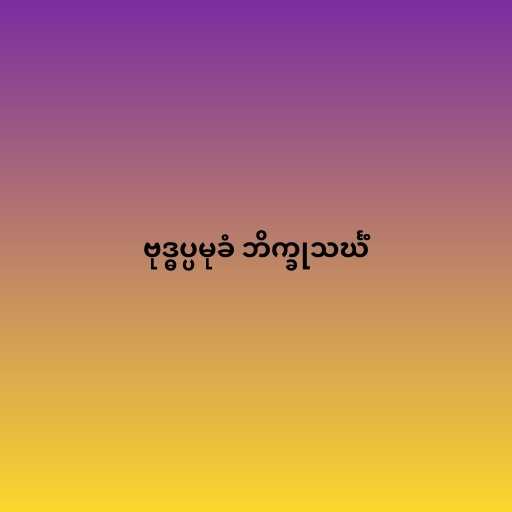
ဗုဒ္ဓပ္ပမုခံ ဘိက္ခုသင်္ဃံ